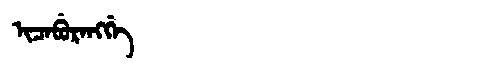
Manchu: ᡳᠴᠠᠪᡠᡵᠠᠩᡤᡝ
Romanization: ICABURANGGE